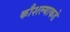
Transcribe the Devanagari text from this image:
कौशल्याकडे